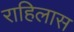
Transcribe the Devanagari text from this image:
राहिलास